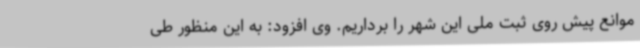
موانع پیش روی ثبت ملی این شهر را برداریم. وی افزود: به این منظور طی